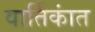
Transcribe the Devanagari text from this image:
वार्तिकांत